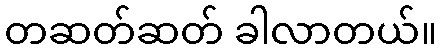
တဆတ်ဆတ် ခါလာတယ်။